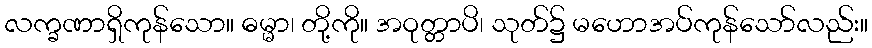
လက္ခဏာရှိကုန်သော။ ဓမ္မာ၊ တို့ကို။ အဝုတ္တာပိ၊ သုတ်၌ မဟောအပ်ကုန်သော်လည်း။